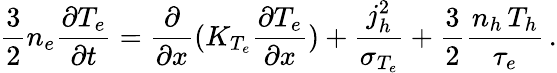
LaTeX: \frac{3}{2}n_{e}\frac{\partial T_{e}}{\partial t}=\frac{\partial}{\partial x}(K_{T_{e}}\frac{\partial T_{e}}{\partial x})+\frac{j_{h}^{2}}{\sigma_{T_{e}}}+\frac{3}{2}\frac{n_{h}\, T_{h}}{\tau_{e}}\, .